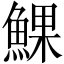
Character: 𩸄